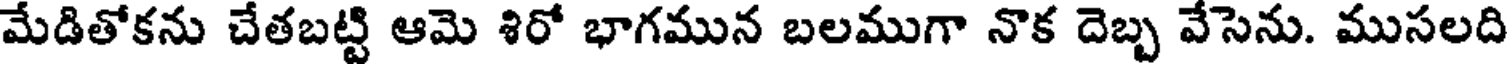
మేడితోకను చేతబట్టి ఆమె శిరో భాగమున బలముగా నొక దెబ్బ వేసెను. ముసలది